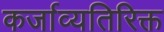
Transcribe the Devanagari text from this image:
कर्जाव्यतिरिक्त